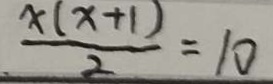
\frac { x ( x + 1 ) } { 2 } = 1 0